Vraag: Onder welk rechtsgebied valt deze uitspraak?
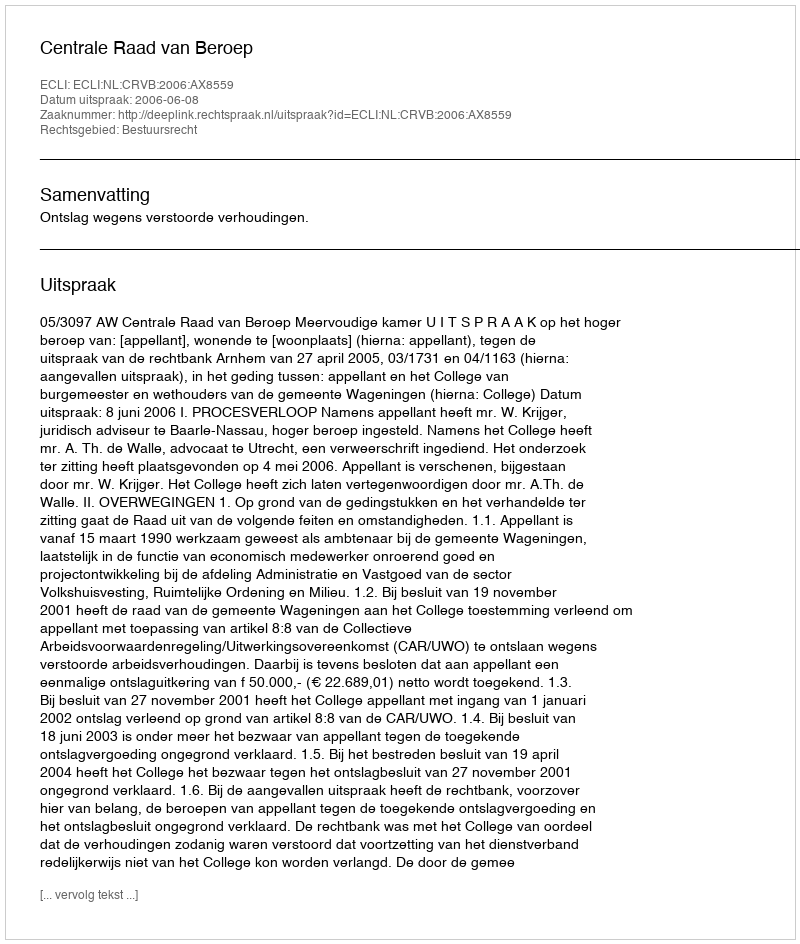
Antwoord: Bestuursrecht